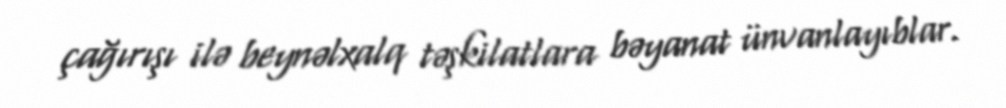
çağırışı ilə beynəlxalq təşkilatlara bəyanat ünvanlayıblar.